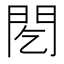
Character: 䦍